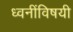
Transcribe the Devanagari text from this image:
ध्वनींविषयी